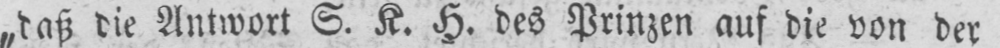
„daß die Antwort S. K. H. des Prinzen auf die von der